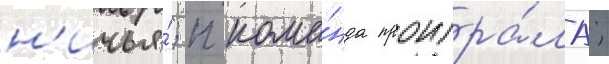
н'ичья́; п кома́нда проигра́ла;